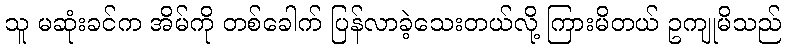
သူ မဆုံးခင်က အိမ်ကို တစ်ခေါက် ပြန်လာခဲ့သေးတယ်လို့ ကြားမိတယ် ဥကျုမိသည်